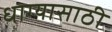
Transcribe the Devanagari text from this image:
धाग्यासाठी